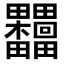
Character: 𣡺